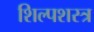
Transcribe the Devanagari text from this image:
शिल्पशस्त्र